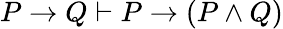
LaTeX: P\to Q\vdash P\to(P\land Q)